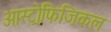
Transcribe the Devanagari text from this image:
आस्ट्रोफिजिकल